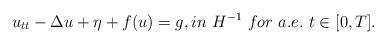
LaTeX: \begin{align*} u_{tt}-\Delta u+\eta+f(u)=g,in\ H^{-1}\ for\ a.e.\ t\in[0,T]. \end{align*}